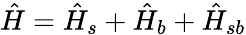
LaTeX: \hat{H}=\hat{H}_{s}+\hat{H}_{b}+\hat{H}_{sb}